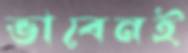
ভাবেনই